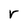
Character: r